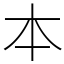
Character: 本